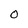
Character: O